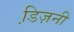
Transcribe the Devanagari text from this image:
डि़ज़नी